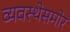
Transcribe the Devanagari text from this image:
व्यवस्थेसमोर